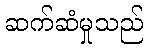
ဆက်ဆံမှုသည်